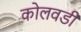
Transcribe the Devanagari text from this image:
कोलवडी